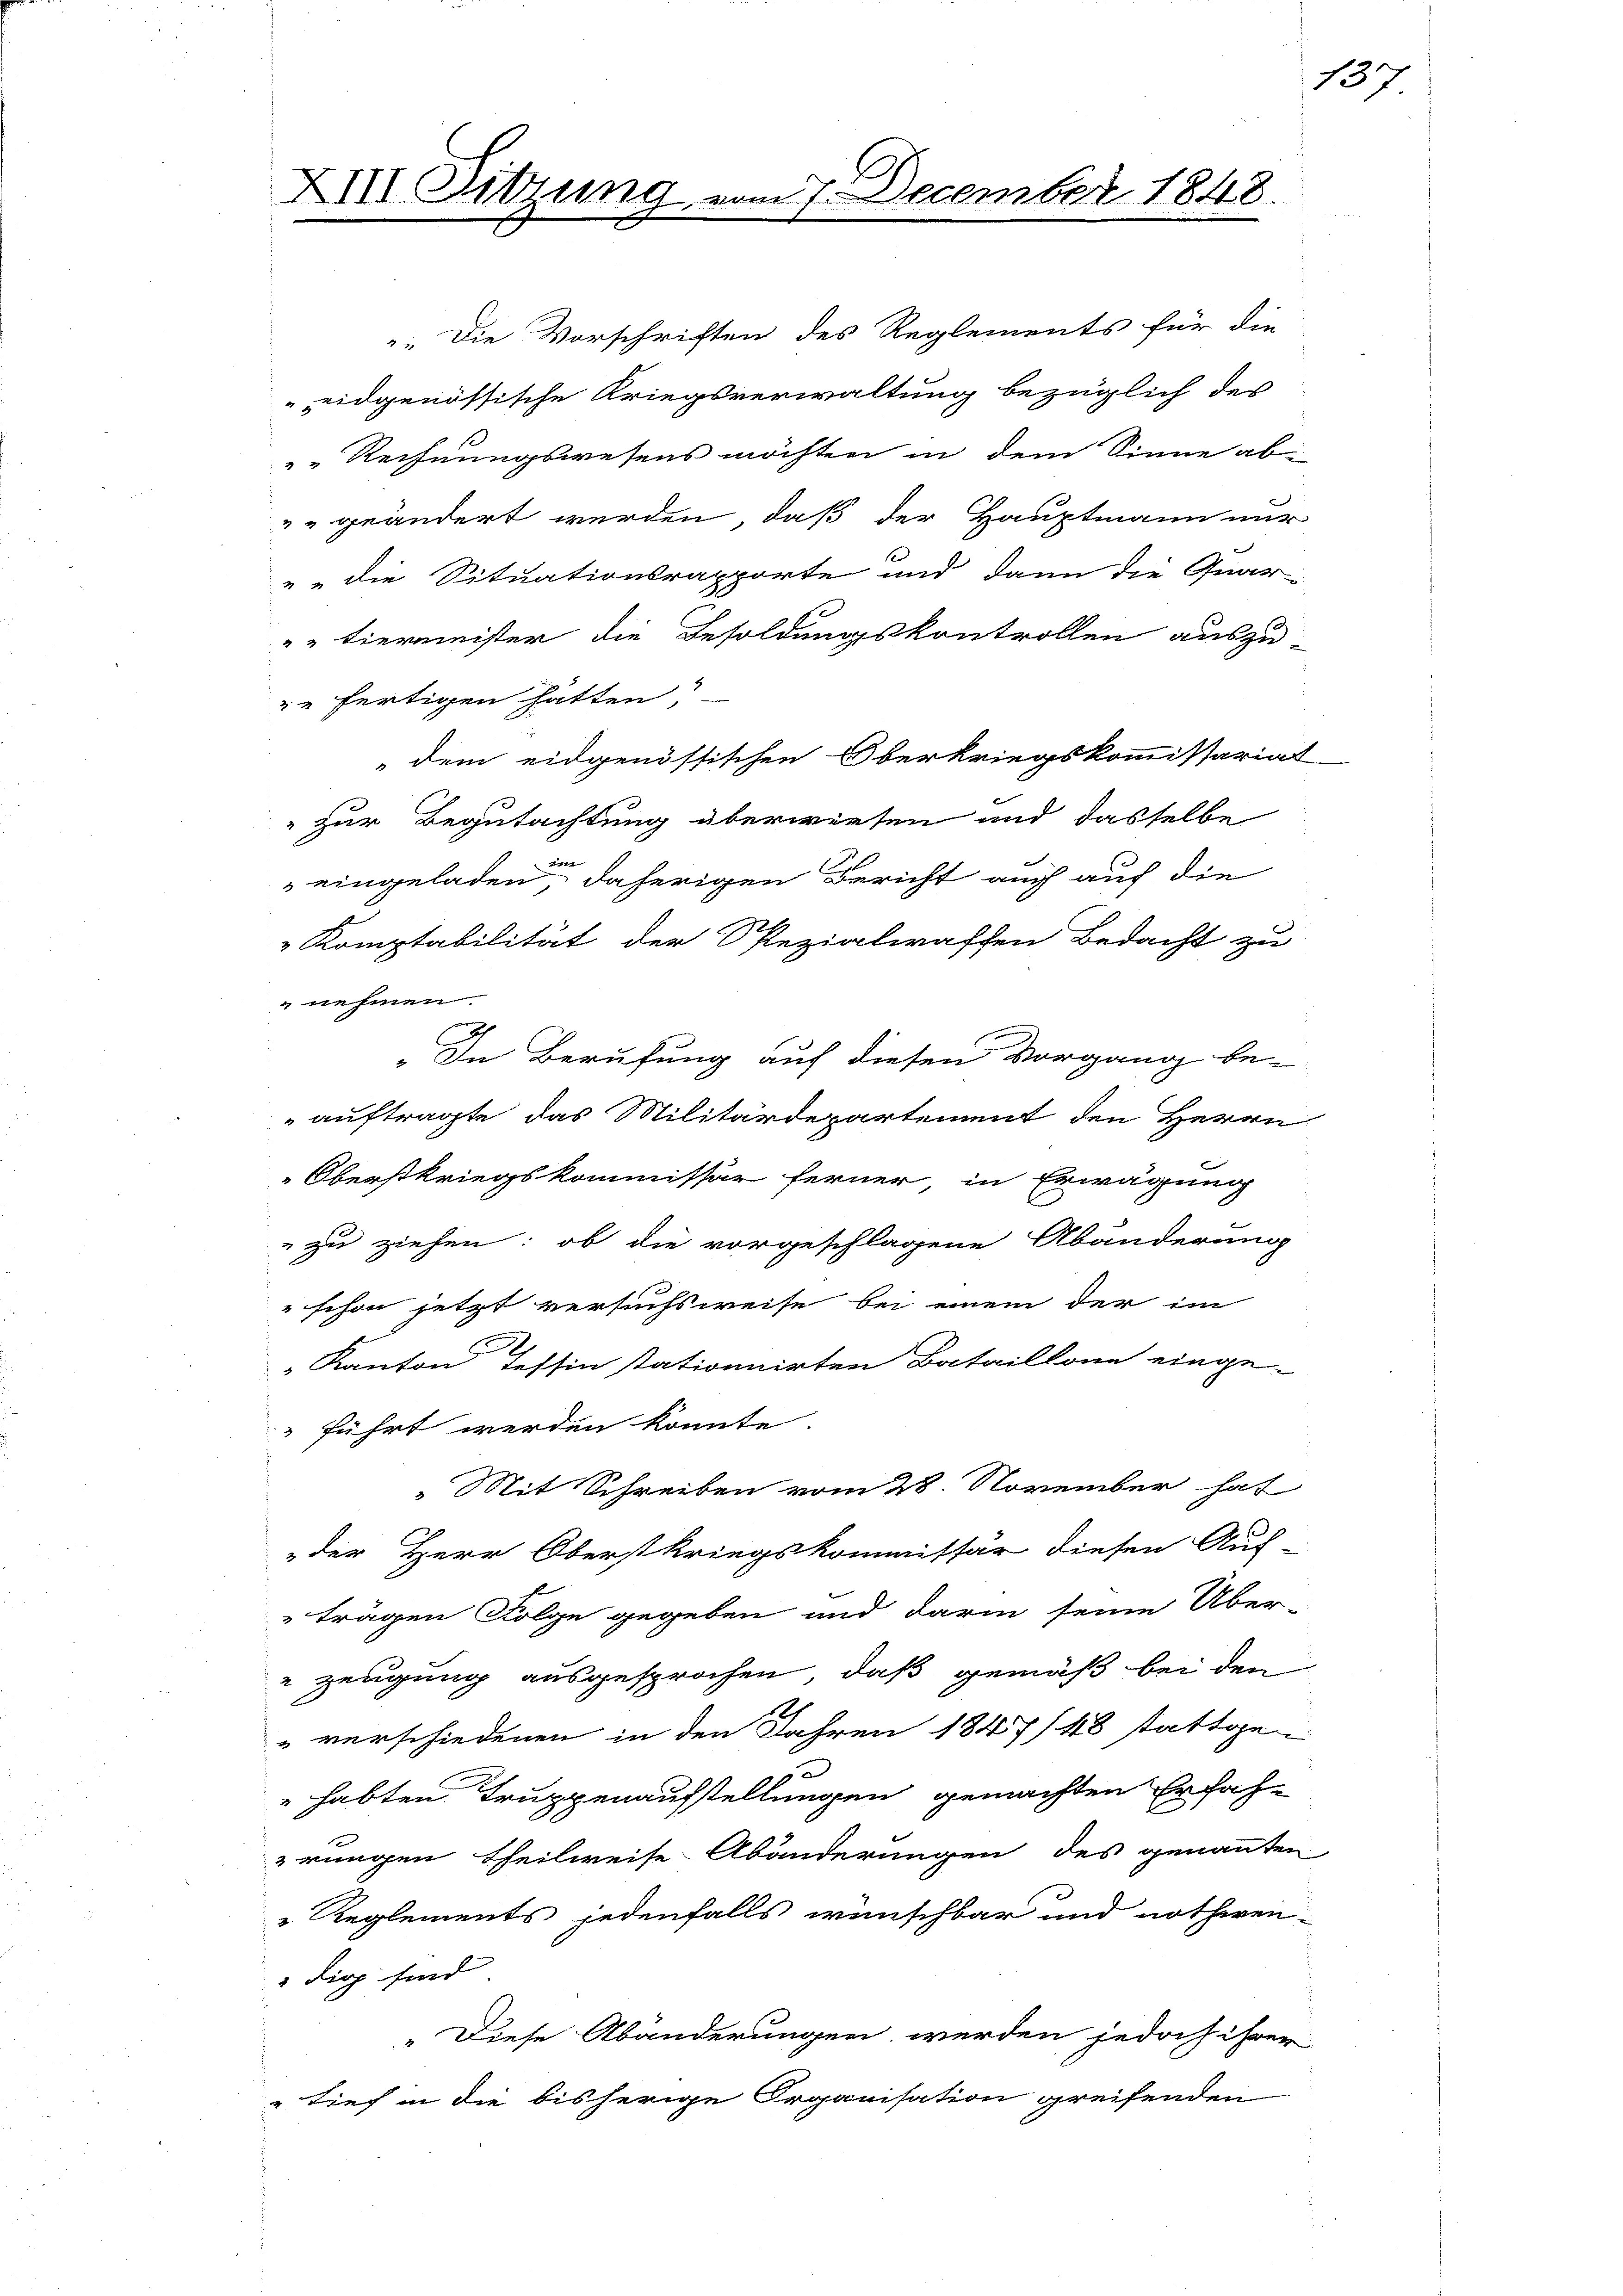
XIII. Sitzung vom 7. December 1848.

.Die Vorschriften des Reglements für die
eidgenössische Kriegsverwaltung bezüglich des
"" Rechnungswesens möchten in dem Sinne ab¬
"geändert werden, daß der Hauptmann nur
" " die Situationsrapporte und dann die Quar-
"" tierminister die Besoldungskontrollen auszu-
ze fertigen hätten?
dem eidgenössischen Oberkriegskommissariat
" zur Begutachtung überwiesen und dasselbe
u
eingeladen, daherigen Bericht auch auf die
 Komptabilität der Spezialwaffen Bedacht zu
"nehmen.
„In Berufung auf diesen Vorgang be-
auftragte, das Militärdepartement den Herrn
Oberstkriegskommissär ferner, in Erwägung
zu ziehen: ob die vorgeschlagene Abänderung
" schon jetzt versuchsweise bei einem der im
" Kanton Tessin stationnirten Bataillone einge-
führt werden könnte.
„Mit Schreiben vom 28. November hat
der Herr Oberstkriegskommissär diesen Auf
trägen Folge gegeben und darin seine Über-
 zeugung ausgesprochen, daß gemäß bei den
" verschiedenen in den Jahren 1847/48 stattge¬
u
habten Truppenaufstellungen gemachten Erfahrungen theilweise Abänderungen des genannten
Reglements jedenfalls wünschbar und nothwen-
dig sind
„Diese Abänderungen werden jedoch ihrer
" tief in die bisherige Organisation greifenden

137